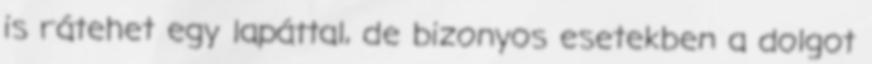
is rátehet egy lapáttal, de bizonyos esetekben a dolgot